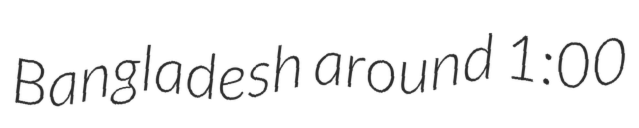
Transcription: Bangladesh around 1:00